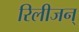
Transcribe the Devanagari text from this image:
रिलीजन्